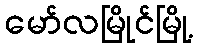
မော်လမြိုင်မြို့